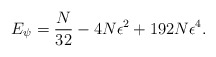
\begin{align*}E_{\psi}=\frac{N}{32}-4N\epsilon^{2}+192N\epsilon^{4}.\end{align*}